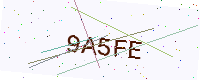
Text: 9A5FE